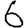
Digit: 6